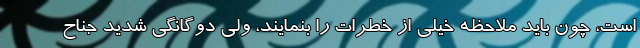
است، چون باید ملاحظه خیلی از خطرات را بنمایند، ولی دوگانگی شدید جناح